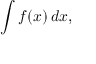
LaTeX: \int f ( x ) \, d x ,